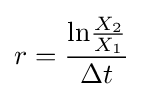
r={\frac {{\rm {ln}}{\frac {X_{2}}{X_{1}}}}{\Delta t}}